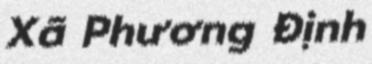
Xã Phương Định